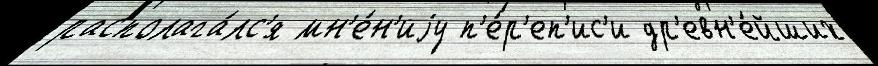
располага́лс'я мн'е́н'иjу п'е́р'еп'ис'и др'евн'е́йших